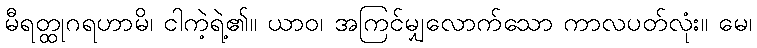
မီရတ္ထုဂရဟာမိ၊ ငါကဲ့ရဲ့၏။ ယာဝ၊ အကြင်မျှလောက်သော ကာလပတ်လုံး။ မေ၊